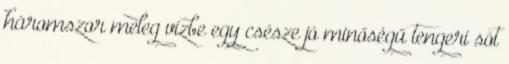
háromszor meleg vízbe egy csésze jó minőségű tengeri sót